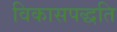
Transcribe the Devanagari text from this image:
विकासपद्धति